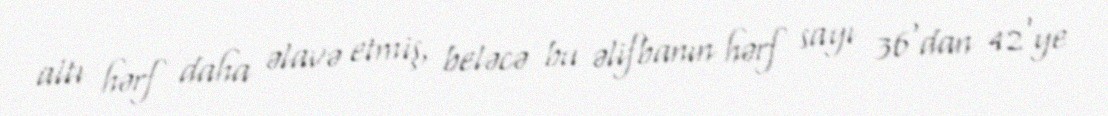
altı hərf daha əlavə etmiş, beləcə bu əlifbanın hərf sayı 36'dan 42'ye